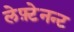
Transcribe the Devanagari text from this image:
लेफ़्टेनन्ट